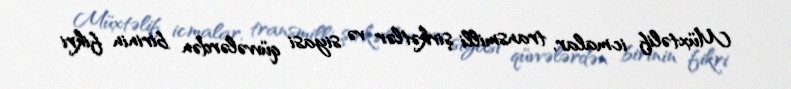
Müxtəlif icmalar, transmilli şirkətlər və siyasi qüvvələrdən birinin fikri